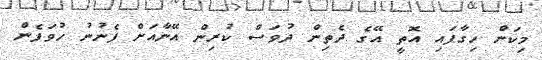
މިކަން ހިގާފައި އޮތީ އޭގެ ދެތިން ދުވަސް ކުރިން އޭނާއަށް ފެނުނު ހުވަފެން